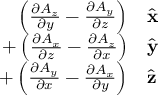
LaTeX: \begin{array} { r l } { \left( { \frac { \partial A _ { z } } { \partial y } } - { \frac { \partial A _ { y } } { \partial z } } \right) } & { { } { \hat { \mathbf { x } } } } \\ { + \left( { \frac { \partial A _ { x } } { \partial z } } - { \frac { \partial A _ { z } } { \partial x } } \right) } & { { } { \hat { \mathbf { y } } } } \\ { + \left( { \frac { \partial A _ { y } } { \partial x } } - { \frac { \partial A _ { x } } { \partial y } } \right) } & { { } { \hat { \mathbf { z } } } } \end{array}